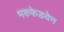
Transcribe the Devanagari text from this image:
मकफेडयेन